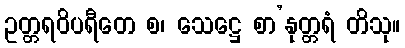
ဥတ္တရဝိပရီတေ စ၊ သေဋ္ဌေ စာ’နုတ္တရံ တိသု။